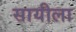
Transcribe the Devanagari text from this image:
सायीला